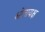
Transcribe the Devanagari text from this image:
श्रोतायक्ष